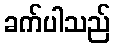
ခက်ပါသည်